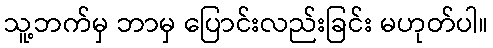
သူ့ဘက်မှ ဘာမှ ပြောင်းလည်းခြင်း မဟုတ်ပါ။